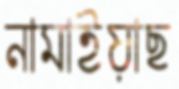
নামাইয়াছ